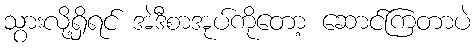
သွားလို့ရှိရင် အဲဒီစာအုပ်ကိုတော့ ဆောင်ကြတာပဲ